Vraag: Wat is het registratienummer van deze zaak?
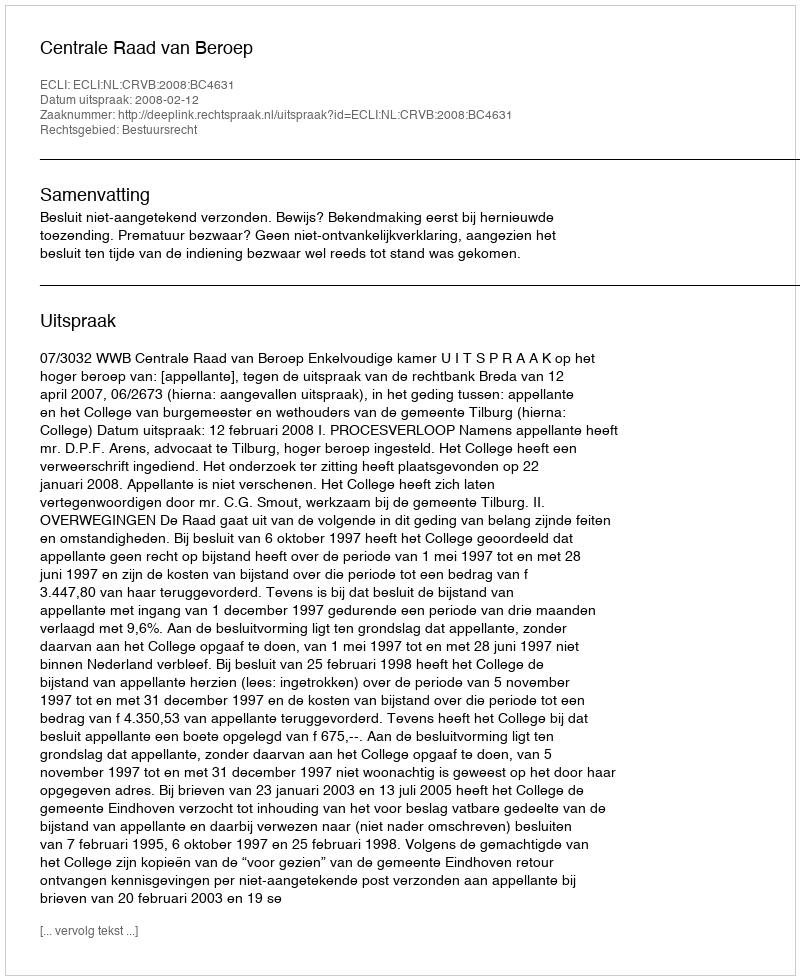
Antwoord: http://deeplink.rechtspraak.nl/uitspraak?id=ECLI:NL:CRVB:2008:BC4631